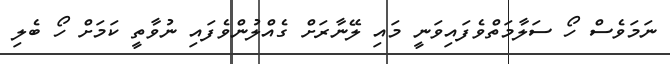
ނަމަވެސް ހޯ ސަލާމަތްވެފައިވަނީ މައި ލޭނާރަށް ގެއްލުންވެފައި ނުވާތީ ކަމަށް ހޯ ބެލި